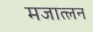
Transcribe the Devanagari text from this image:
मजात्लन